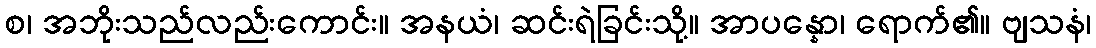
စ၊ အဘိုးသည်လည်းကောင်း။ အနယံ၊ ဆင်းရဲခြင်းသို့။ အာပန္နော၊ ရောက်၏။ ဗျသနံ၊